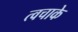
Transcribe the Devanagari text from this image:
त्वचाके